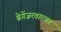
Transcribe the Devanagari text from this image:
ब्रेगेंज़रवाल्डर